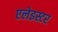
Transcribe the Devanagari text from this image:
एलेइस्टर